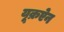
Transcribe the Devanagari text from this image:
यूक्रऐन